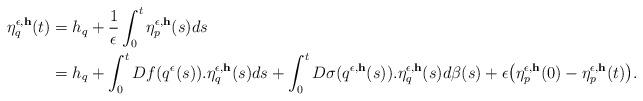
LaTeX: \begin{align*}\eta_q^{\epsilon,{\bf h}}(t)&=h_q+\frac{1}{\epsilon}\int_0^{t}\eta_p^{\epsilon,{\bf h}}(s)ds\\&=h_q+\int_0^t Df(q^\epsilon(s)).\eta_q^{\epsilon,{\bf h}}(s)ds+\int_0^t D\sigma(q^{\epsilon,{\bf h}}(s)).\eta_q^{\epsilon,{\bf h}}(s)d\beta(s)+\epsilon\bigl(\eta_p^{\epsilon,{\bf h}}(0)-\eta_p^{\epsilon,{\bf h}}(t)\bigr).\end{align*}